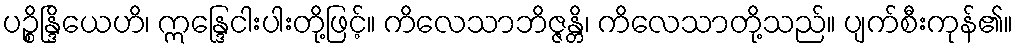
ပဉ္စိန္ဒြိယေဟိ၊ ဣန္ဒြေငါးပါးတို့ဖြင့်။ ကိလေသာဘိဇ္ဇန္တိ၊ ကိလေသာတို့သည်။ ပျက်စီးကုန်၏။